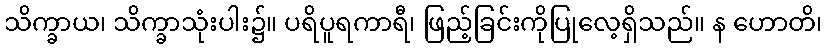
သိက္ခာယ၊ သိက္ခာသုံးပါး၌။ ပရိပူရကာရီ၊ ဖြည့်ခြင်းကိုပြုလေ့ရှိသည်။ န ဟောတိ၊